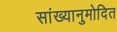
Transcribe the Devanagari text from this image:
सांख्यानुमोदित